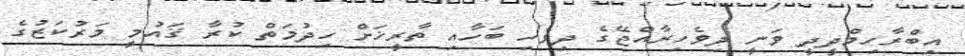
އިބްރާހިމްދީދީ ވަނީ ދިވެހިރާއްޖޭގެ ދިވެހި ބަހާއި ތާރީޚަށް ހިދުމަތް ކުރާ ޤައުމީ މަރުކަޒުގެ